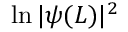
\ln \vert \psi ( L ) \vert ^ { 2 }